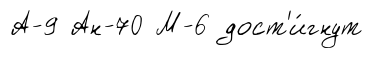
А-9 Ан-70 М-6 дост'и́гнут